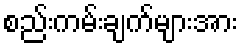
စည်းကမ်းချက်များအား